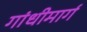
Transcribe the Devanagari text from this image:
गांधीमार्ग